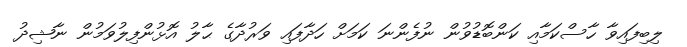
ލިބިފައިވާ ހާސްކަމާއި ކަންބޮޑުވުން ނުފެންނަ ކަމަށް ހަދާފައި ވަރުދާގެ ޙާލު އޮޅުންފިލުވަމުން ނާޝިދު